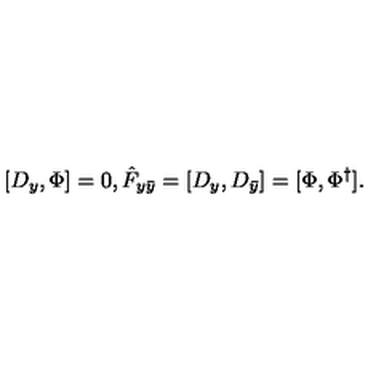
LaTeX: [ D _ { y } , \Phi ] = 0 , \hat { F } _ { y \bar { y } } = [ D _ { y } , D _ { \bar { y } } ] = [ \Phi , \Phi ^ { \dagger } ] .